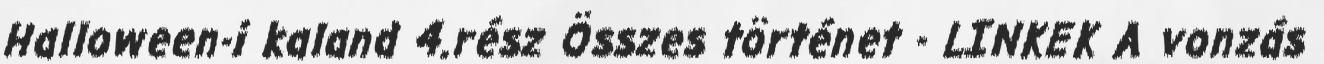
Halloween-i kaland 4.rész Összes történet - LINKEK A vonzás